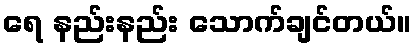
ရေ နည်းနည်း သောက်ချင်တယ်။